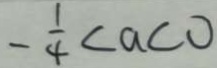
- \frac { 1 } { 4 } < a < 0